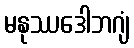
မနုဿဒေါဘဂျံ